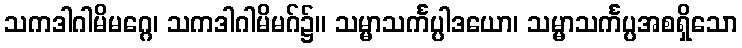
သကဒါဂါမိမဂ္ဂေ၊ သကဒါဂါမိမဂ်၌။ သမ္မာသင်္ကပ္ပါဒယော၊ သမ္မာသင်္ကပ္ပအစရှိသော